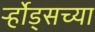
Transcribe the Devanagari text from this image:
र्ऱ्होड्सच्या